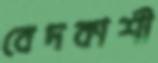
বেদকাশী